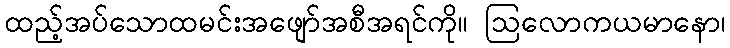
ထည့်အပ်သောထမင်းအဖျော်အစီအရင်ကို။ ဩလောကယမာနော၊